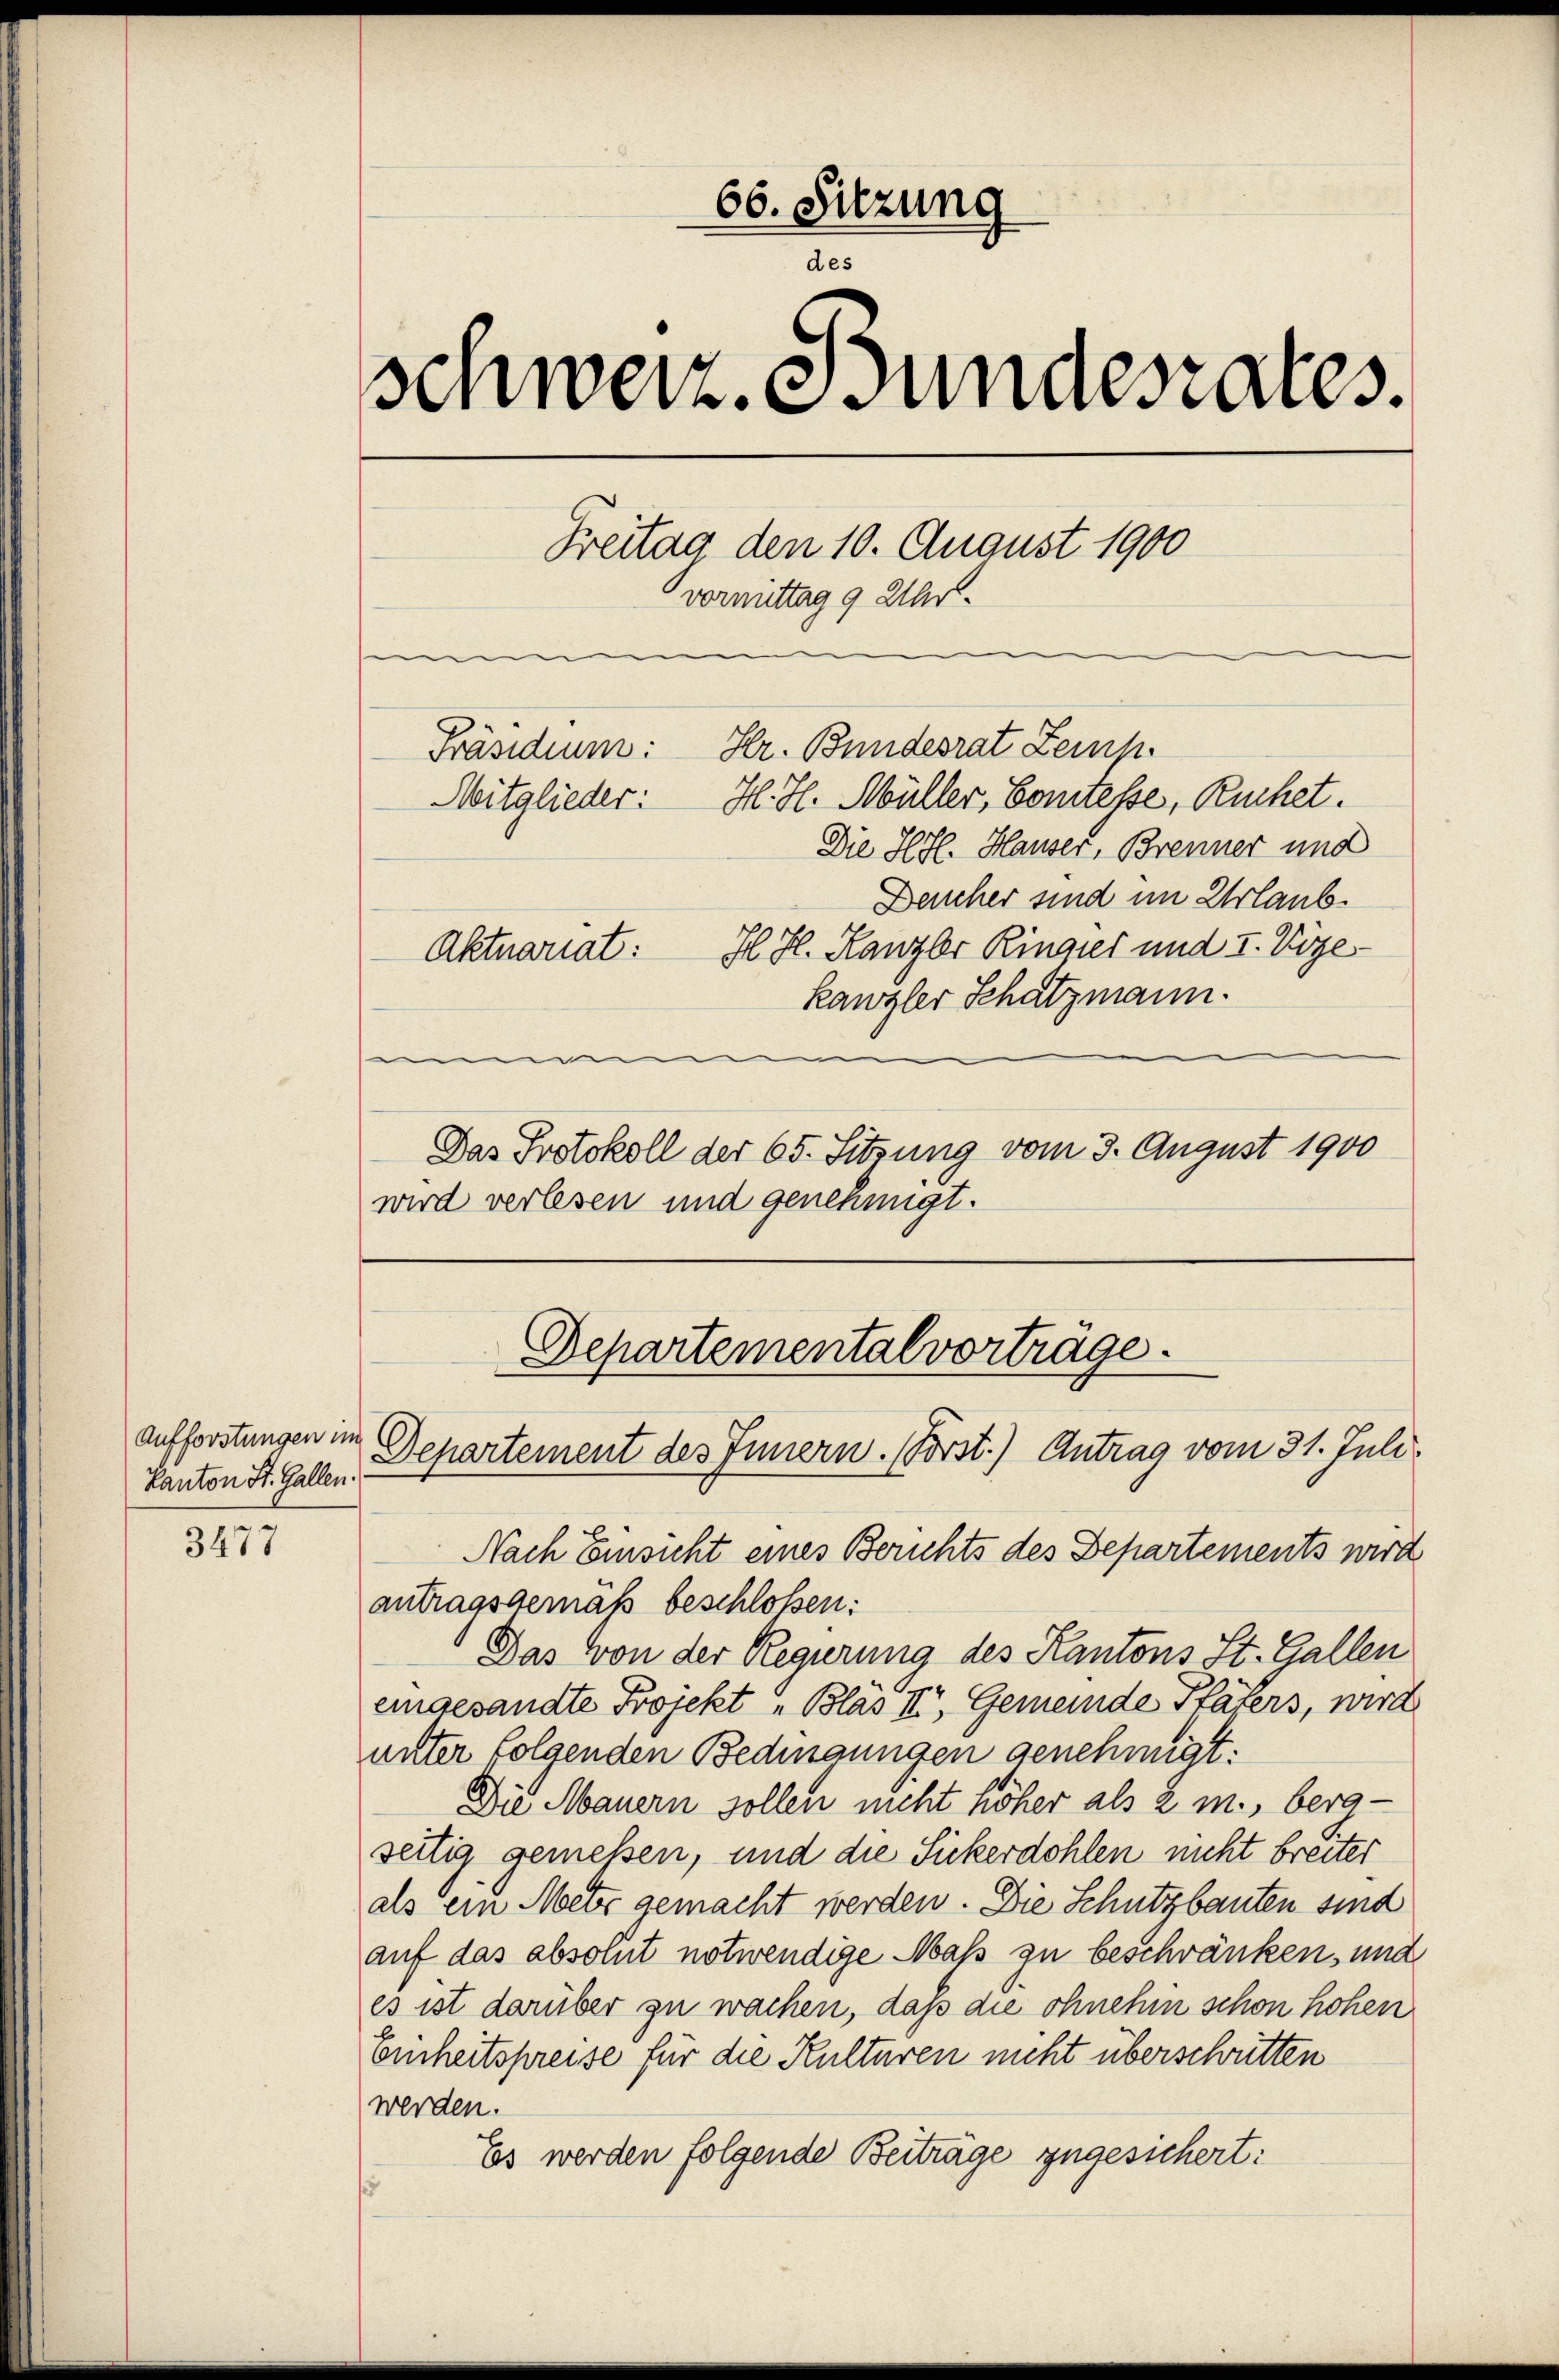
Aufforstungen im
Kanton St. Gallen.

3477

66. Sitzung
des
Schweiz. Bundesrates.
Freitag den 10. August 1900
vormittag 9 Uhr.
Hr. Bundesrat Zemp
Präsidium:
H. H. Müller, Comtesse, Ruchet.
Mitglieder:
Die Hyl. Hauser, Brenner und
Deucher sind im Urlaub
Il. H. Kanzler Ringier und I. Vize
Aktuariat:
kanzler Schatzmann.
|

Das Protokoll der 65. Sitzung vom 3. August 1900
wird verlesen und genehmigt.

Nach Einsicht eines Berichts des Departements wird
antragsgemäß beschloßen:
Das von der Regierung des Kantons St. Gallen
eingesandte Projekt „Bläs II, Gemeinde Pfäfers, wird
unter folgenden Bedingungen genehmigt:
Die Mauern sollen nicht höher als 2 m., berg-
seitig gemeßen, und die Sickerdohlen nicht breiter
als ein Meis gemacht werden. Die Schutzbauten sind
auf das absolut notwendige Maß zu beschränken, und
es ist darüber zu wachen, daß die ohnehin schon hohen
Einheitspreise für die Kulturen nicht überschritten
werden.
Es werden folgende Beiträge zugesichert:
f

Departemental vorträge.
Departement des Innern. (Vorst.) Antrag vom 31. Juli.